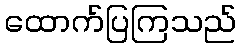
ထောက်ပြကြသည်